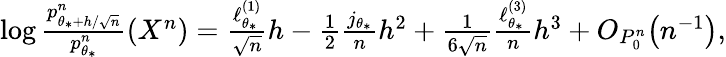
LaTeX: \begin{array}{r}{\log\frac{p_{\theta_{*}+h/\sqrt{n}}^{n}}{p_{\theta_{*}}^{n}}(X^{n})=\frac{\ell_{\theta_{*}}^{(1)}}{\sqrt{n}}h-\frac{1}{2}\frac{j_{\theta_{*}}}{n}h^{2}+\frac{1}{6\sqrt{n}}\frac{\ell_{\theta_{*}}^{(3)}}{n}h^{3}+O_{P_{0}^{n}}\big(n^{-1}\big),}\end{array}